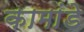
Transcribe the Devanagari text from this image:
कामांडे